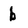
Character: b